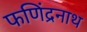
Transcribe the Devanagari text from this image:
फणिंद्रनाथ